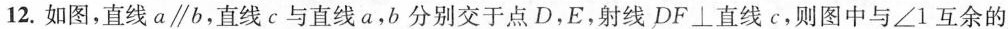
12.如图，直线a\parallel b，直线c与直线a，b分别交于点D，E，射线DF\bot 直线c，则图中与∠1互余的